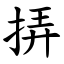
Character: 挵